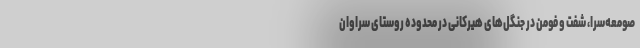
صومعه‌سرا، شفت و فومن در جنگل‌های هیرکانی در محدوده روستای سراوان